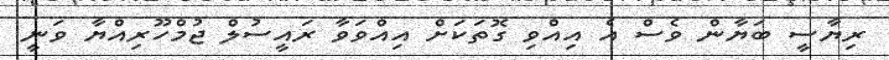
ރިޔާސީ ބަޔާން ވެސް އެ އިއްވި ގޮތަކަށް އިއްވަވާ ރައީސުލް ޖުމްހޫރިއްޔާ ވަނީ